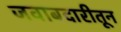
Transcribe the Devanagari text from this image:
जवाबदारीतून